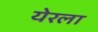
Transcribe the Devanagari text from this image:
येरला